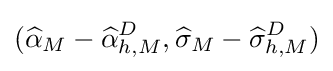
({\widehat {\alpha }}_{M}-{\widehat {\alpha }}_{h,M}^{D},{\widehat {\sigma }}_{M}-{\widehat {\sigma }}_{h,M}^{D})